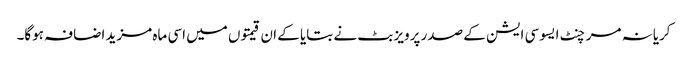
کریانہ مرچنٹ ایسوسی ایشن کے صدر پرویز بٹ نے بتایا کے ان قیمتوں میں اسی ماہ مزید اضافہ ہوگا۔